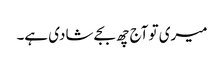
میری تو آج چھ بجے شادی ہے۔